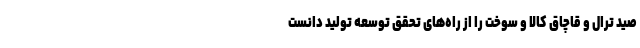
صید ترال و قاچاق کالا و سوخت را از راه‌های تحقق توسعه تولید دانست